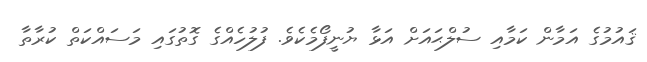
ޤައުމުގެ އަމާން ކަމާއި ސުލްޙައަށް އަޅާ ޔުނީފޯމެކެވެ. ފުލުހެއްގެ ގޮތުގައި މަސައްކަތް ކުރާތާ